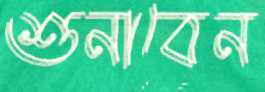
শুনাবেন